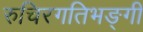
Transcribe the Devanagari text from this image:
रुचिरगतिभङ्गी